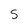
Character: S